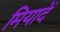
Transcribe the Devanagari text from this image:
मियादें